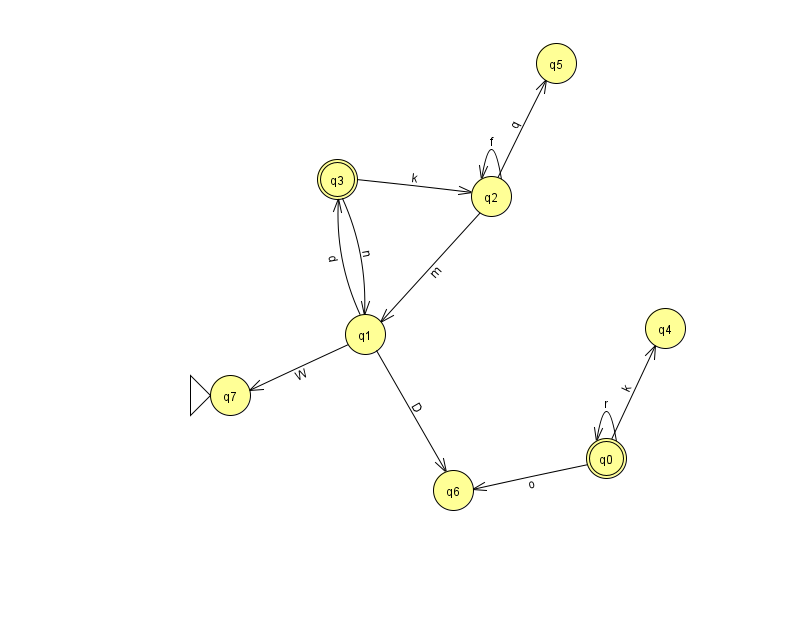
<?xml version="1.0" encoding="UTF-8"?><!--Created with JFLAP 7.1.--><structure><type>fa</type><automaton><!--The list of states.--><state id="0" name="q0"><x>606.0</x><y>445.0</y><final/></state><state id="1" name="q1"><x>365.0</x><y>321.0</y></state><state id="2" name="q2"><x>491.0</x><y>183.0</y></state><state id="3" name="q3"><x>337.0</x><y>166.0</y><final/></state><state id="4" name="q4"><x>665.0</x><y>315.0</y></state><state id="5" name="q5"><x>556.0</x><y>50.0</y></state><state id="6" name="q6"><x>453.0</x><y>477.0</y></state><state id="7" name="q7"><x>230.0</x><y>382.0</y><initial/></state><!--The list of transitions.--><transition><from>1</from><to>3</to><read>d</read></transition><transition><from>1</from><to>6</to><read>D</read></transition><transition><from>0</from><to>0</to><read>r</read></transition><transition><from>2</from><to>1</to><read>m</read></transition><transition><from>2</from><to>2</to><read>f</read></transition><transition><from>3</from><to>2</to><read>k</read></transition><transition><from>0</from><to>6</to><read>o</read></transition><transition><from>1</from><to>7</to><read>W</read></transition><transition><from>3</from><to>1</to><read>n</read></transition><transition><from>0</from><to>4</to><read>k</read></transition><transition><from>2</from><to>5</to><read>q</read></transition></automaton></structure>